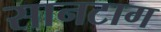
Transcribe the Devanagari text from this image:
सानटाग